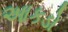
આકડો